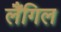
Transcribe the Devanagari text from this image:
लैंगिल